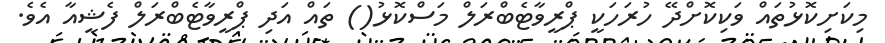
މިކަށިކޮޅުތައް ވަކިކޮށްދޭ ހުރަހަކީ ޕްރީވާޓެބްރަލް މަސްކޮޅު() ތައް އަދި ޕްރީވާޓެބްރަލް ފެޝީއާ އެވެ.